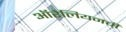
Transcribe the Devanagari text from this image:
ऑरेलियनची